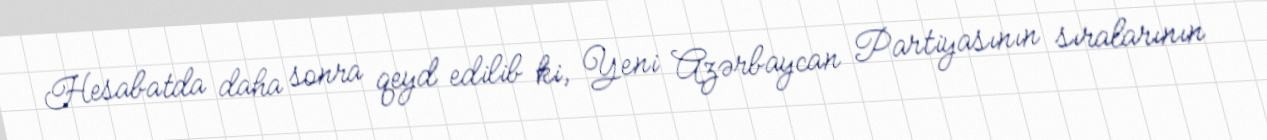
Hesabatda daha sonra qeyd edilib ki, Yeni Azərbaycan Partiyasının sıralarının